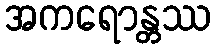
အကရောန္တဿ